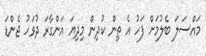
މައްސަލަ ބެލުމަށް ފަހު އެ ތިން ކުދިން މިދިޔަ އަންގާރަ ދުވަހު ޖެންޑަ